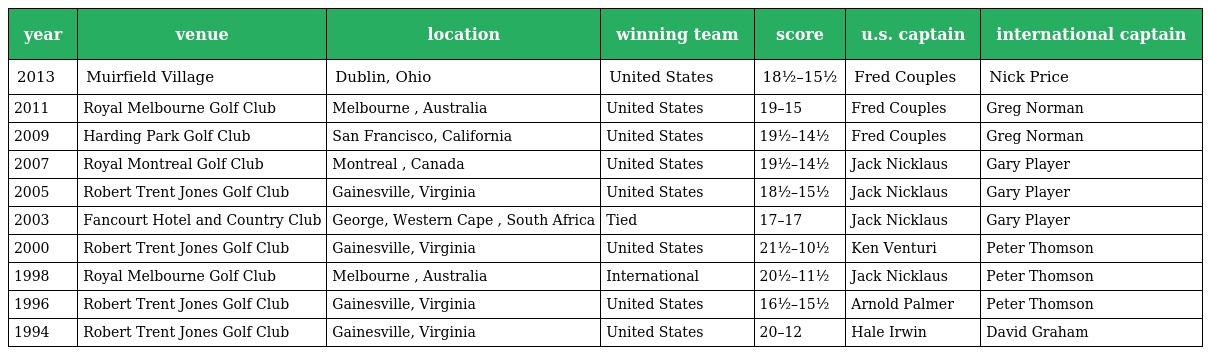
| year | venue | location | winning team | score | u.s. captain | international captain |
 | --- | --- | --- | --- | --- | --- | --- |
 | 2013 | Muirfield Village | Dublin, Ohio | United States | 18½–15½ | Fred Couples | Nick Price |
 | 2011 | Royal Melbourne Golf Club | Melbourne , Australia | United States | 19–15 | Fred Couples | Greg Norman |
 | 2009 | Harding Park Golf Club | San Francisco, California | United States | 19½–14½ | Fred Couples | Greg Norman |
 | 2007 | Royal Montreal Golf Club | Montreal , Canada | United States | 19½–14½ | Jack Nicklaus | Gary Player |
 | 2005 | Robert Trent Jones Golf Club | Gainesville, Virginia | United States | 18½–15½ | Jack Nicklaus | Gary Player |
 | 2003 | Fancourt Hotel and Country Club | George, Western Cape , South Africa | Tied | 17–17 | Jack Nicklaus | Gary Player |
 | 2000 | Robert Trent Jones Golf Club | Gainesville, Virginia | United States | 21½–10½ | Ken Venturi | Peter Thomson |
 | 1998 | Royal Melbourne Golf Club | Melbourne , Australia | International | 20½–11½ | Jack Nicklaus | Peter Thomson |
 | 1996 | Robert Trent Jones Golf Club | Gainesville, Virginia | United States | 16½–15½ | Arnold Palmer | Peter Thomson |
 | 1994 | Robert Trent Jones Golf Club | Gainesville, Virginia | United States | 20–12 | Hale Irwin | David Graham |